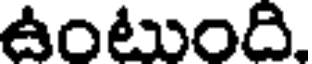
ఉంటుంది.